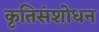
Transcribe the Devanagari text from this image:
कृतिसंशोधन